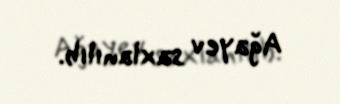
Ağayev saxlanılıb.